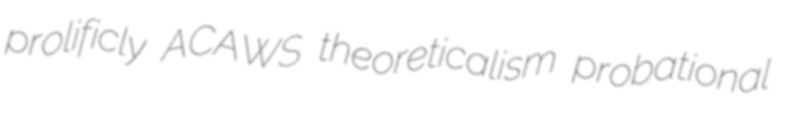
prolificly ACAWS theoreticalism probational